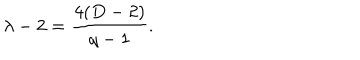
LaTeX: \lambda - 2 = \frac { 4 ( D - 2 ) } { q - 1 } .